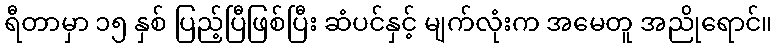
ရီတာမှာ ၁၅ နှစ် ပြည့်ပြီဖြစ်ပြီး ဆံပင်နှင့် မျက်လုံးက အမေတူ အညိုရောင်။